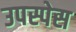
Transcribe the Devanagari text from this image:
उपस्पेस